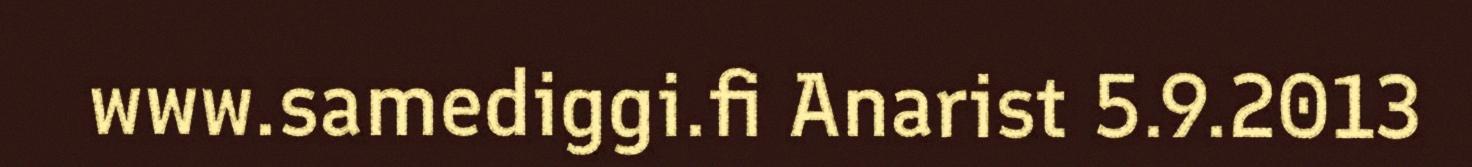
www.samediggi.fi Anarist 5.9.2013